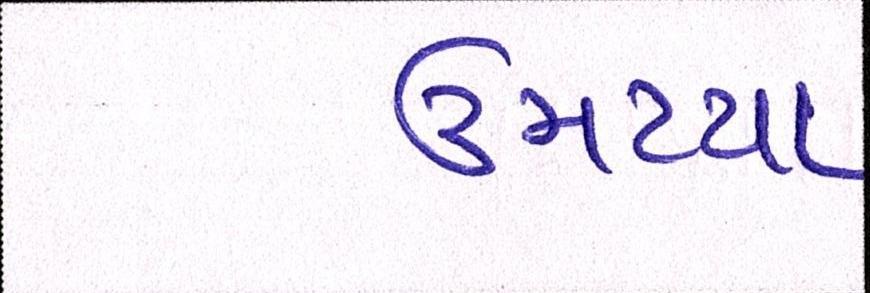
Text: ઉમટયા